Mental hospitals Bombay report 1921-28 - 1921-1928
Year: 1921
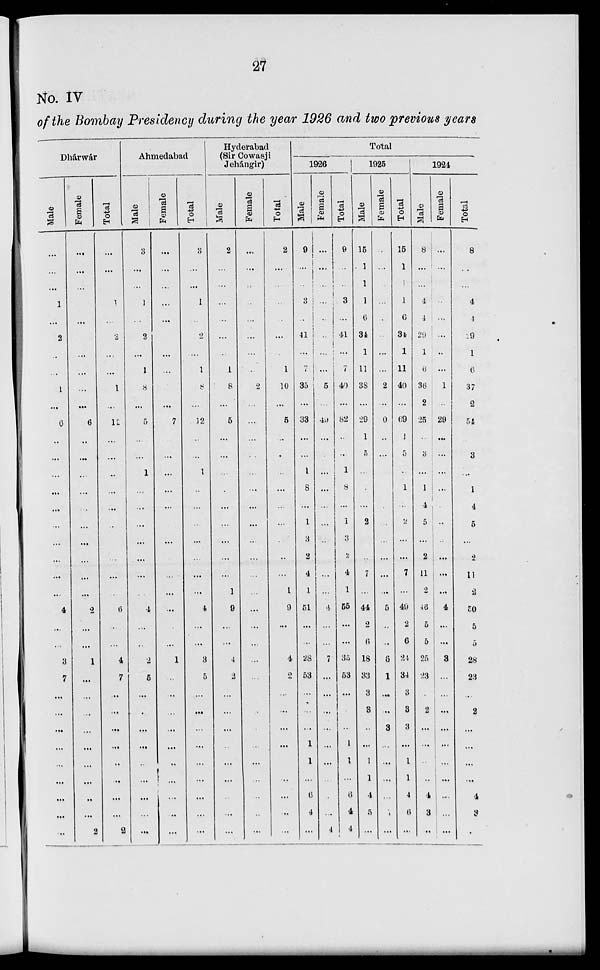
27
No. IV
of the Bombay Presidency during the year 1926 and two previous years
Dhárwár
Male
...
...
...
1
...
2
...
...
1
...
6
...
...
...
...
...
...
...
...
...
...
4
...
...
3
7
...
...
...
...
...
...
...
...
...
Female
...
...
...
...
...
...
...
...
...
...
6
...
...
...
...
...
...
...
...
...
...
2
...
...
1
...
...
...
...
...
...
...
...
...
2
Total
...
...
...
1
...
2
...
...
1
...
12
...
...
...
...
...
..
...
...
...
...
6
...
...
4
7
...
...
...
...
...
...
...
...
2
Ahmedabad
Male
3
...
...
1
...
2
...
1
8
...
5
...
...
1
...
...
...
...
...
...
...
4
...
...
2
5
...
...
...
...
...
...
...
...
...
Female
...
...
...
...
...
...
...
...
...
...
7
...
...
...
...
...
...
...
...
....
...
...
...
...
1
...
...
...
...
...
...
...
...
...
...
Total
3
...
...
1
...
2
...
1
8
...
12
...
...
1
...
...
...
...
...
...
...
4
...
...
3
5
...
...
...
...
...
...
...
...
...
Hyderabad
(Sir Cowasji
Jehangir)
Male
2
...
...
...
...
...
...
1
8
...
5
...
...
...
...
...
...
...
...
...
1
9
...
...
4
2
...
...
...
...
...
...
...
...
...
Female
...
...
...
...
...
...
...
...
2
...
...
...
...
...
...
...
...
...
...
...
...
...
...
...
...
...
...
...
...
...
...
...
...
...
...
Total
2
...
...
...
...
...
...
1
10
...
5
...
...
...
...
...
...
...
...
...
1
9
...
...
4
2
...
...
...
...
...
...
...
...
...
Total
1926
Male
9
...
...
3
...
41
...
7
35
...
33
...
...
1
8
...
1
3
2
4
1
51
...
...
28
53
...
...
...
1
1
...
6
4
...
Female
...
...
...
...
...
...
...
...
5
...
49
...
...
...
...
...
...
...
...
...
...
4
...
...
7
...
...
...
...
...
...
...
...
...
4
Total
9
...
...
3
...
41
...
7
40
...
82
...
...
1
8
...
1
3
2
4
1
55
...
...
33
53
...
...
...
1
1
...
6
4
4
1925
Male
15
1
1
1
6
31
1
11
38
...
29
1
5
...
...
...
2
...
...
7
...
44
2
6
18
33
3
3
...
...
1
1
4
5
...
Female
...
...
...
...
...
...
...
...
2
...
40
...
...
...
...
...
...
...
...
...
...
5
...
...
6
1
...
...
3
...
...
...
...
1
...
Total
15
1
1
1
6
34
1
11
40
...
69
1
5
...
1
...
2
...
...
7
...
49
2
6
24
34
3
3
3
...
1
1
4
6
...
1924
Male
8
...
...
4
4
29
1
6
36
2
25
...
3
...
1
4
5
...
2
11
2
46
5
5
25
23
...
2
...
...
...
...
4
3
...
Female
...
...
...
...
...
...
...
...
1
...
29
...
...
...
...
...
...
...
...
...
...
4
...
...
3
...
...
...
...
...
...
...
...
...
...
Total
8
...
...
4
4
29
1
6
37
2
54
...
3
...
1
4
5
...
2
11
2
50
5
5
28
23
...
2
...
...
...
...
4
3
...